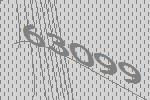
63099